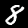
Label: 8